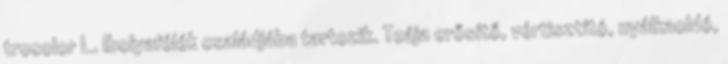
trocolor L. Ibolyafélék családjába tartozik. Teája erősítő, vértisztító, nyálkaoldó,